Annual administration report of the Civil Veterinary Department, Sind - 1940-1941
Year: 1940
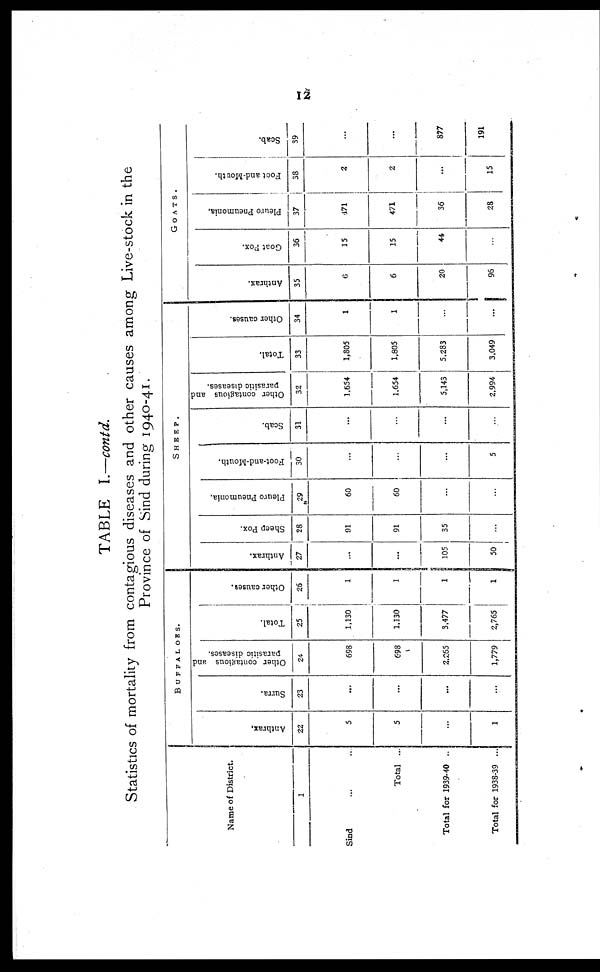
12
TABLE I.—contd.
Statistics of mortality from contagious diseases and other causes among Live-stock in the
Province of Sind during 1940-41.
Name of District.
1
Sind ... ...
Total ...
Total for 1939-40 ..
Total for 1938-39 ...
BUFFALOES.
Anthrax.
22
5
5
...
1
Surra.
23
...
...
...
...
Other contagious and
parasitic diseases.
24
698
698
2,265
1,779
Total.
25
1,130
1,130
3,477
2,765
Other causes.
26
1
1
1
1
SHEEP.
Anthrax.
27
...
...
105
50
Sheep Pox.
28
91
91
35
...
Pleuro Pneumonia.
29
60
60
...
...
Foot-and-Mouth.
30
...
...
...
5
Scab.
31
...
...
...
...
Other contagious and
parasitic diseases.
32
1,654
1,654
5,143
2,994
Total.
33
1,805
1,805
5,283
3,049
Other causes.
34
1
1
...
...
GOATS.
Anthrax.
35
6
6
20
96
Goat Pox.
36
15
15
44
...
Pleuro Pneumonia.
37
471
471
36
28
Foot and Mouth.
38
2
2
...
15
Scab.
39
...
...
877
191